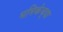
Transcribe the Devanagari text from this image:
भमिकेच्या